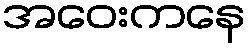
အဝေးကနေ